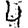
Digit: 4